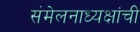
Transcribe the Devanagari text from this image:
संमेलनाध्यक्षांची